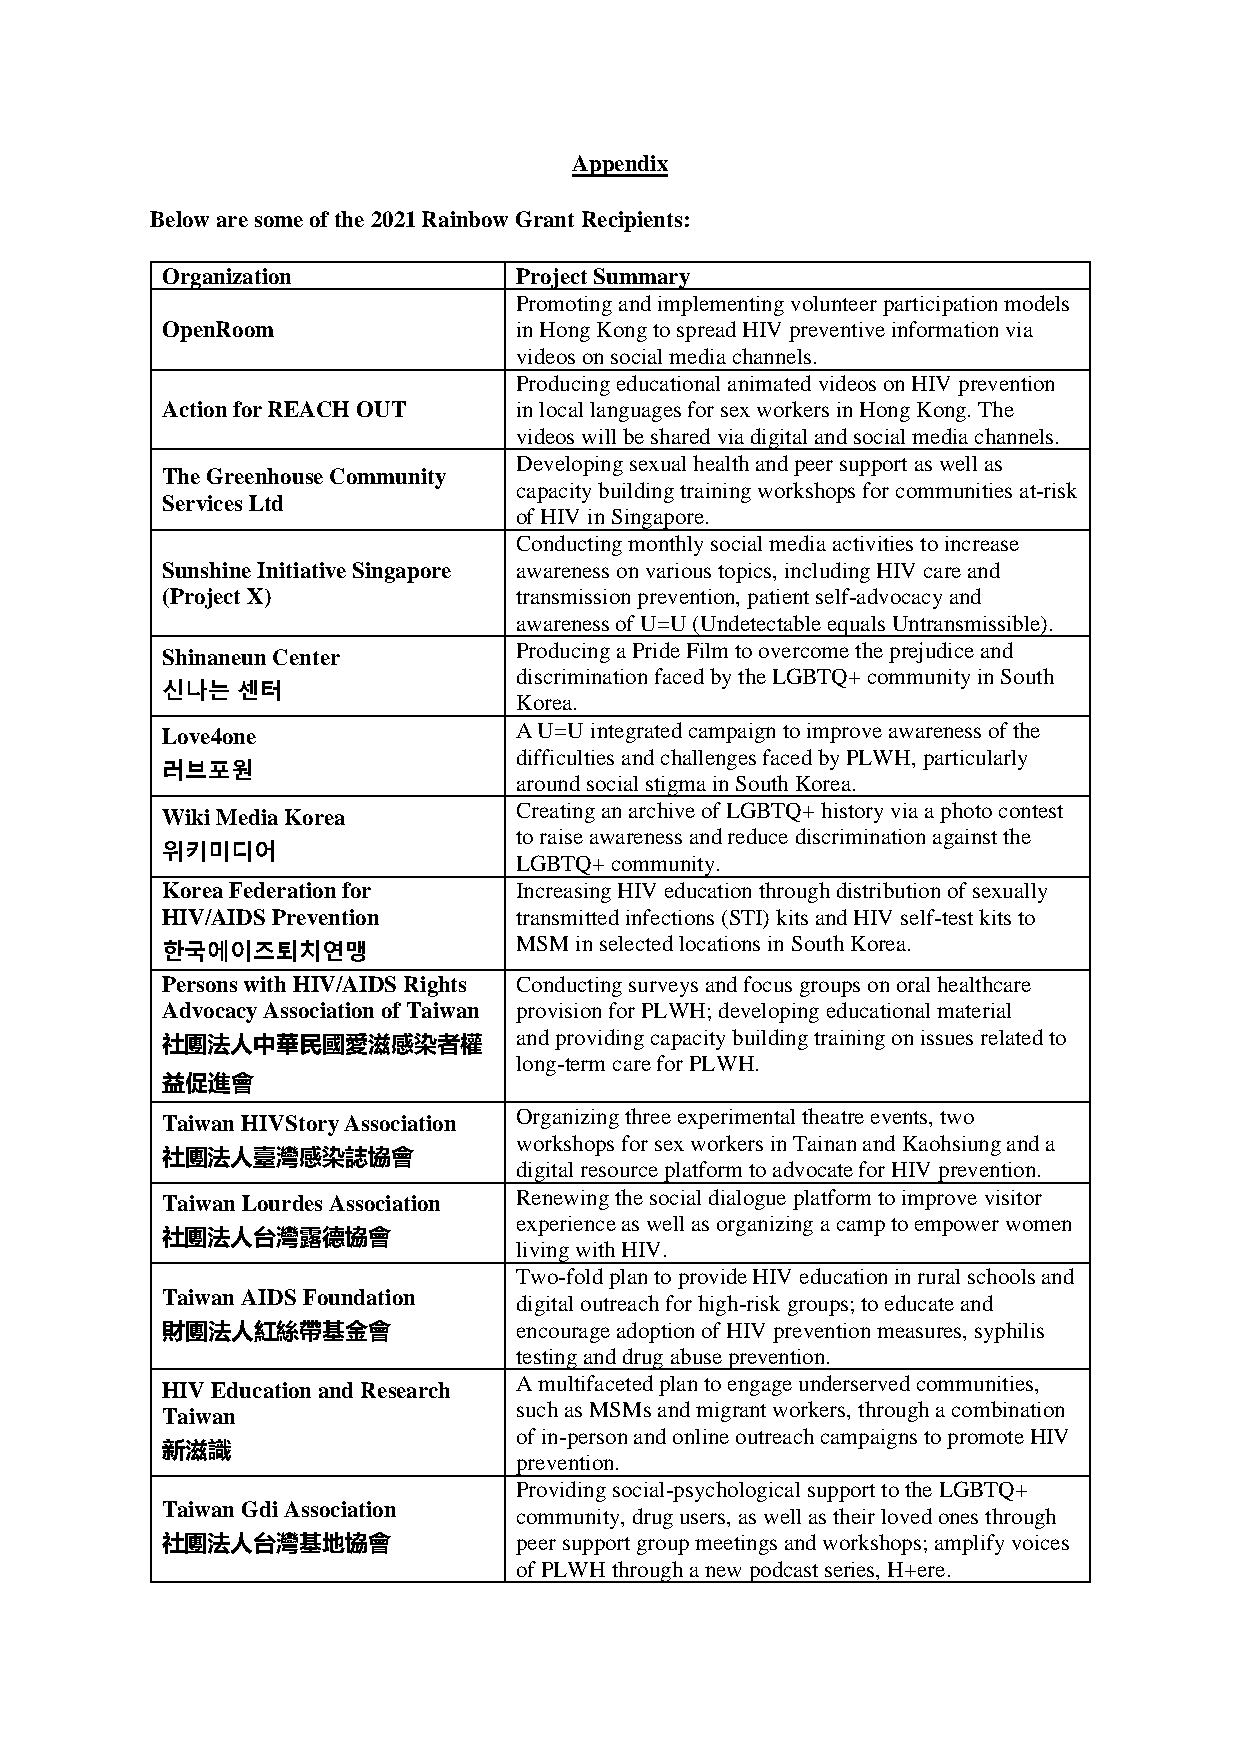
Appendix
 Below are some of the 2021 Rainbow Grant Recipients:
 Organization           Project Summary
 Promoting and implementing volunteer participation models
 OpenRoom               in Hong Kong to spread HIV preventive information via
 videos on social media channels.
 Producing educational animated videos on HIV prevention
 Action for REACH OUT   in local languages for sex workers in Hong Kong. The
 videos will be shared via digital and social media channels.
 Developing sexual health and peer support as well as
 The Greenhouse Community
 capacity building training workshops for communities at-risk
 Services Ltd
 of HIV in Singapore.
 Conducting monthly social media activities to increase
 Sunshine Initiative Singapore awareness on various topics, including HIV care and
 (Project X)            transmission prevention, patient self-advocacy and
 awareness of U=U (Undetectable equals Untransmissible).
 Producing a Pride Film to overcome the prejudice and
 Shinaneun Center
 discrimination faced by the LGBTQ+ community in South
 신나는  센터
 Korea.
 Love4one               A U=U integrated campaign to improve awareness of the
 difficulties and challenges faced by PLWH, particularly
 러브포원
 around social stigma in South Korea.
 Wiki Media Korea       Creating an archive of LGBTQ+ history via a photo contest
 to raise awareness and reduce discrimination against the
 위키미디어
 LGBTQ+ community.
 Korea Federation for   Increasing HIV education through distribution of sexually
 HIV/AIDS Prevention    transmitted infections (STI) kits and HIV self-test kits to
 MSM in selected locations in South Korea.
 한국에이즈퇴치연맹
 Persons with HIV/AIDS Rights Conducting surveys and focus groups on oral healthcare
 Advocacy Association of Taiwan provision for PLWH; developing educational material
 and providing capacity building training on issues related to
 社團法人中華民國愛滋感染者權
 long-term care for PLWH.
 益促進會
 Organizing three experimental theatre events, two
 Taiwan HIVStory Association
 workshops for sex workers in Tainan and Kaohsiung and a
 社團法人臺灣感染誌協會
 digital resource platform to advocate for HIV prevention.
 Renewing the social dialogue platform to improve visitor
 Taiwan Lourdes Association
 experience as well as organizing a camp to empower women
 社團法人台灣露德協會
 living with HIV.
 Two-fold plan to provide HIV education in rural schools and
 Taiwan AIDS Foundation digital outreach for high-risk groups; to educate and
 財團法人紅絲帶基金會             encourage adoption of HIV prevention measures, syphilis
 testing and drug abuse prevention.
 A multifaceted plan to engage underserved communities,
 HIV Education and Research
 such as MSMs and migrant workers, through a combination
 Taiwan
 of in-person and online outreach campaigns to promote HIV
 新滋識
 prevention.
 Providing social-psychological support to the LGBTQ+
 Taiwan Gdi Association
 community, drug users, as well as their loved ones through
 社團法人台灣基地協會             peer support group meetings and workshops; amplify voices
 of PLWH through a new podcast series, H+ere.